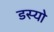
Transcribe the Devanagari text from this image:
डस्यो